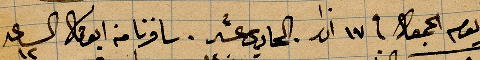
يوم الجمعة في ١٧ اذر الحادي عشر. شافرنا من أبو قار الساعة ١٢